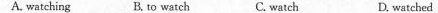
A. watching B. To watch C. watch D. watched